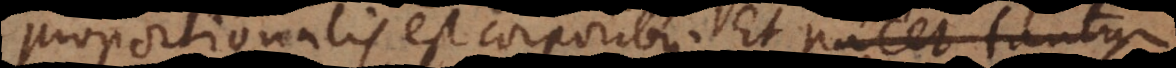
proportionalis est corporibus. Et patet tantu